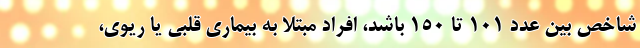
شاخص بین عدد ۱۰۱ تا ۱۵۰ باشد، افراد مبتلا به بیماری قلبی یا ریوی،